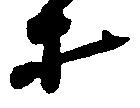
才